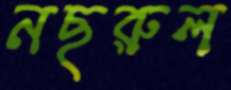
নছরুল